Leaving Certificate Examination, 1919
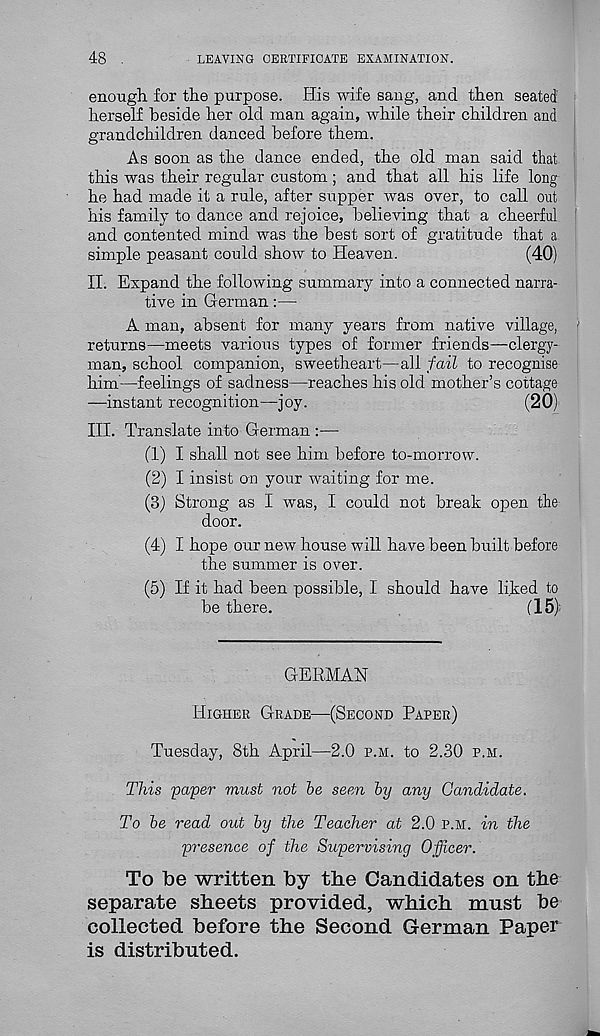
48
LEAVING CERTIFICATE EXAMINATION.
enough for the purpose. His wife sang, and then seated
herself beside her old man again, while their children and
grandchildren danced before them.
As soon as the dance ended, the old man said that
this was their regular custom; and that all his life long
he had made it a rule, after supper was over, to call out
his family to dance and rejoice, believing that a cheerful
and contented mind was the best sort of gratitude that a
simple peasant could show to Heaven.
(40)
II. Expand the following summary into a connected narra-
tive in German:—
A man, absent for many years from native village,
returns—meets various types of former friends—clergy-
man, school companion, sweetheart—all fail to recognise
him'—feelings of sadness—reaches his old mother’s cottage
—instant recognition—joy.
(20)
III. Translate into German :—
(1) I shall not see him before to-morrow.
(2) I insist on your waiting for me.
(3) Strong as I was, I could not break open the
door.
(4) I hope our new house will have been built before
the summer is over.
(5) If it had been possible, I should have liked to
be there.
(15)
GERMAN
Higher Grade—(Second Paper)
Tuesday, 8th April—2.0 p.m. to 2.30 p.h.
This paper must not be seen by any Candidate.
To be read out by the Teacher at 2.0 p.m. in the
presence of the Supervising Officer.
To be written by the Candidates on the
separate sheets provided, which must be
collected before the Second German Paper
is distributed.